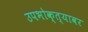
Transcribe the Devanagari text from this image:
उपभोक्त्यावर